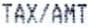
TAX/AMT